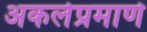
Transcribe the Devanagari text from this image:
अकलेप्रमाणे